Civil Veterinary Dept. North-West Frontier Province 1901-22 - 1901-1922
Year: 1901
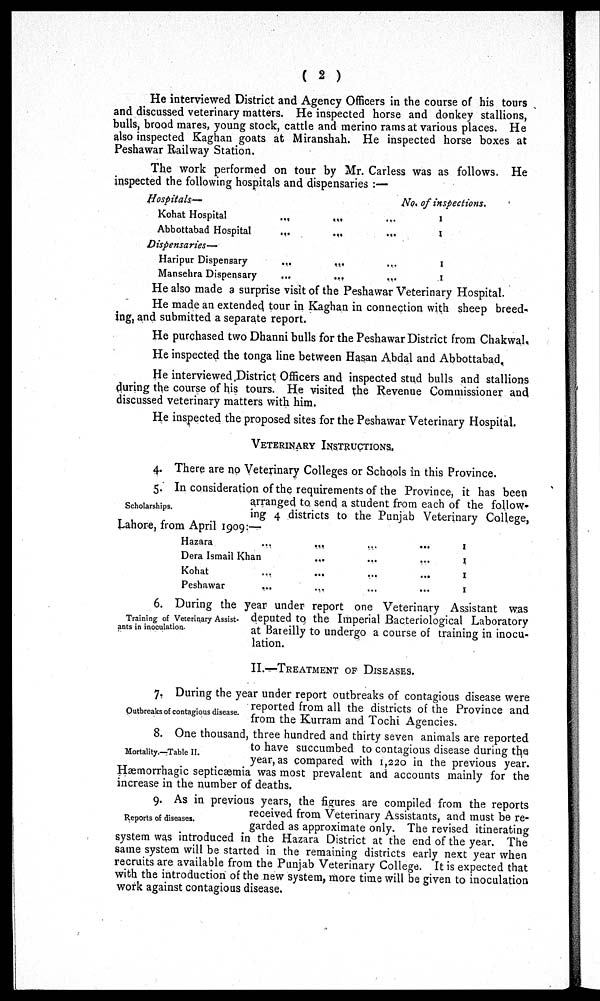
( 2 )
He interviewed District and Agency Officers in the course of his tours
and discussed veterinary matters. He inspected horse and donkey stallions,
bulls, brood mares, young stock, cattle and merino rams at various places. He
also inspected Kaghan goats at Miranshah. He inspected horse boxes at
Peshawar Railway Station.
The work performed on tour by Mr. Carless was as follows. He
inspected the following hospitals and dispensaries :—
Hospitals—
Kohat Hospital ... ... ...
Abbottabad Hospital ... ... ...
Dispensaries—
Haripur Dispensary ... ... ...
Mansehra Dispensary ... ... ...
No. of inspections.
1
1
1
1
He also made a surprise visit of the Peshawar Veterinary Hospital.
He made an extended tour in Kaghan in connection with sheep breed-
ing, and submitted a separate report.
He purchased two Dhanni bulls for the Peshawar District from Chakwal.
He inspected the tonga line between Hasan Abdal and Abbottabad.
He interviewed District Officers and inspected stud bulls and stallions
during the course of his tours. He visited the Revenue Commissioner and
discussed veterinary matters with him.
He inspected the proposed sites for the Peshawar Veterinary Hospital.
VETERINARY INSTRUCTIONS.
4. There are no Veterinary Colleges or Schools in this Province.
Scholarships.
5. In consideration of the requirements of the Province, it has been
arranged to send a student from each of the follow-
ing 4 districts to the Punjab Veterinary College,
Lahore, from April 1909:—
Hazara ... ... ... ...
Dera Ismail Khan ... ... ...
Kohat ... ... ... ...
Peshawar ... ... ... ...
1
1
1
1
Training of Veterinary Assist-
ants in inoculation.
6. During the year under report one Veterinary Assistant was
deputed to the Imperial Bacteriological Laboratory
at Bareilly to undergo a course of training in inocu-
lation.
II.—TREATMENT OF DISEASES.
Outbreaks of contagious disease.
7. During the year under report outbreaks of contagious disease were
reported from all the districts of the Province and
from the Kurram and Tochi Agencies.
Mortality.—Table II.
8. One thousand, three hundred and thirty seven animals are reported
to have succumbed to contagious disease during the
year, as compared with 1,220 in the previous year.
Hæmorrhagic septicæmia was most prevalent and accounts mainly for the
increase in the number of deaths.
Reports of diseases.
9. As in previous years, the figures are compiled from the reports
received from Veterinary Assistants, and must be re-
garded as approximate only. The revised itinerating
system was introduced in the Hazara District at the end of the year. The
same system will be started in the remaining districts early next year when
recruits are available from the Punjab Veterinary College. It is expected that
with the introduction of the new system, more time will be given to inoculation
work against contagious disease.